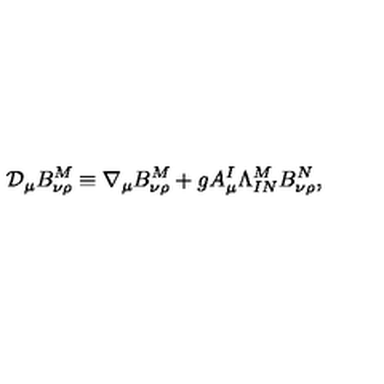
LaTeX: \mathcal { D } _ { \mu } B _ { \nu \rho } ^ { M } \equiv \nabla _ { \mu } B _ { \nu \rho } ^ { M } + g A _ { \mu } ^ { I } \Lambda _ { I N } ^ { M } B _ { \nu \rho } ^ { N } ,